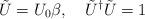
LaTeX: \begin{align*}\tilde{U}=U_0\beta,\quad\tilde{U}^\dag\tilde{U}=1\end{align*}